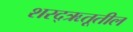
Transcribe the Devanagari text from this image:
शरद्‌ऋतूतील